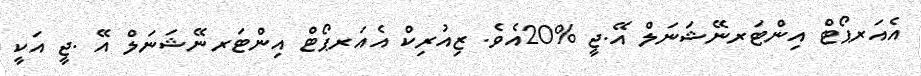
އެއަރޕޯޓް އިންޓަރނޭޝަނަލް އޭ.ޖީ %20އެވެ. ޒިއުރިކް އެއަރޕޯޓް އިންޓަރނޭޝަނަލް އޭ .ޖީ އަކީ